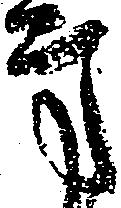
方